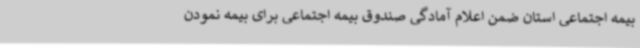
بیمه اجتماعی استان ضمن اعلام آمادگی صندوق بیمه اجتماعی برای بیمه نمودن